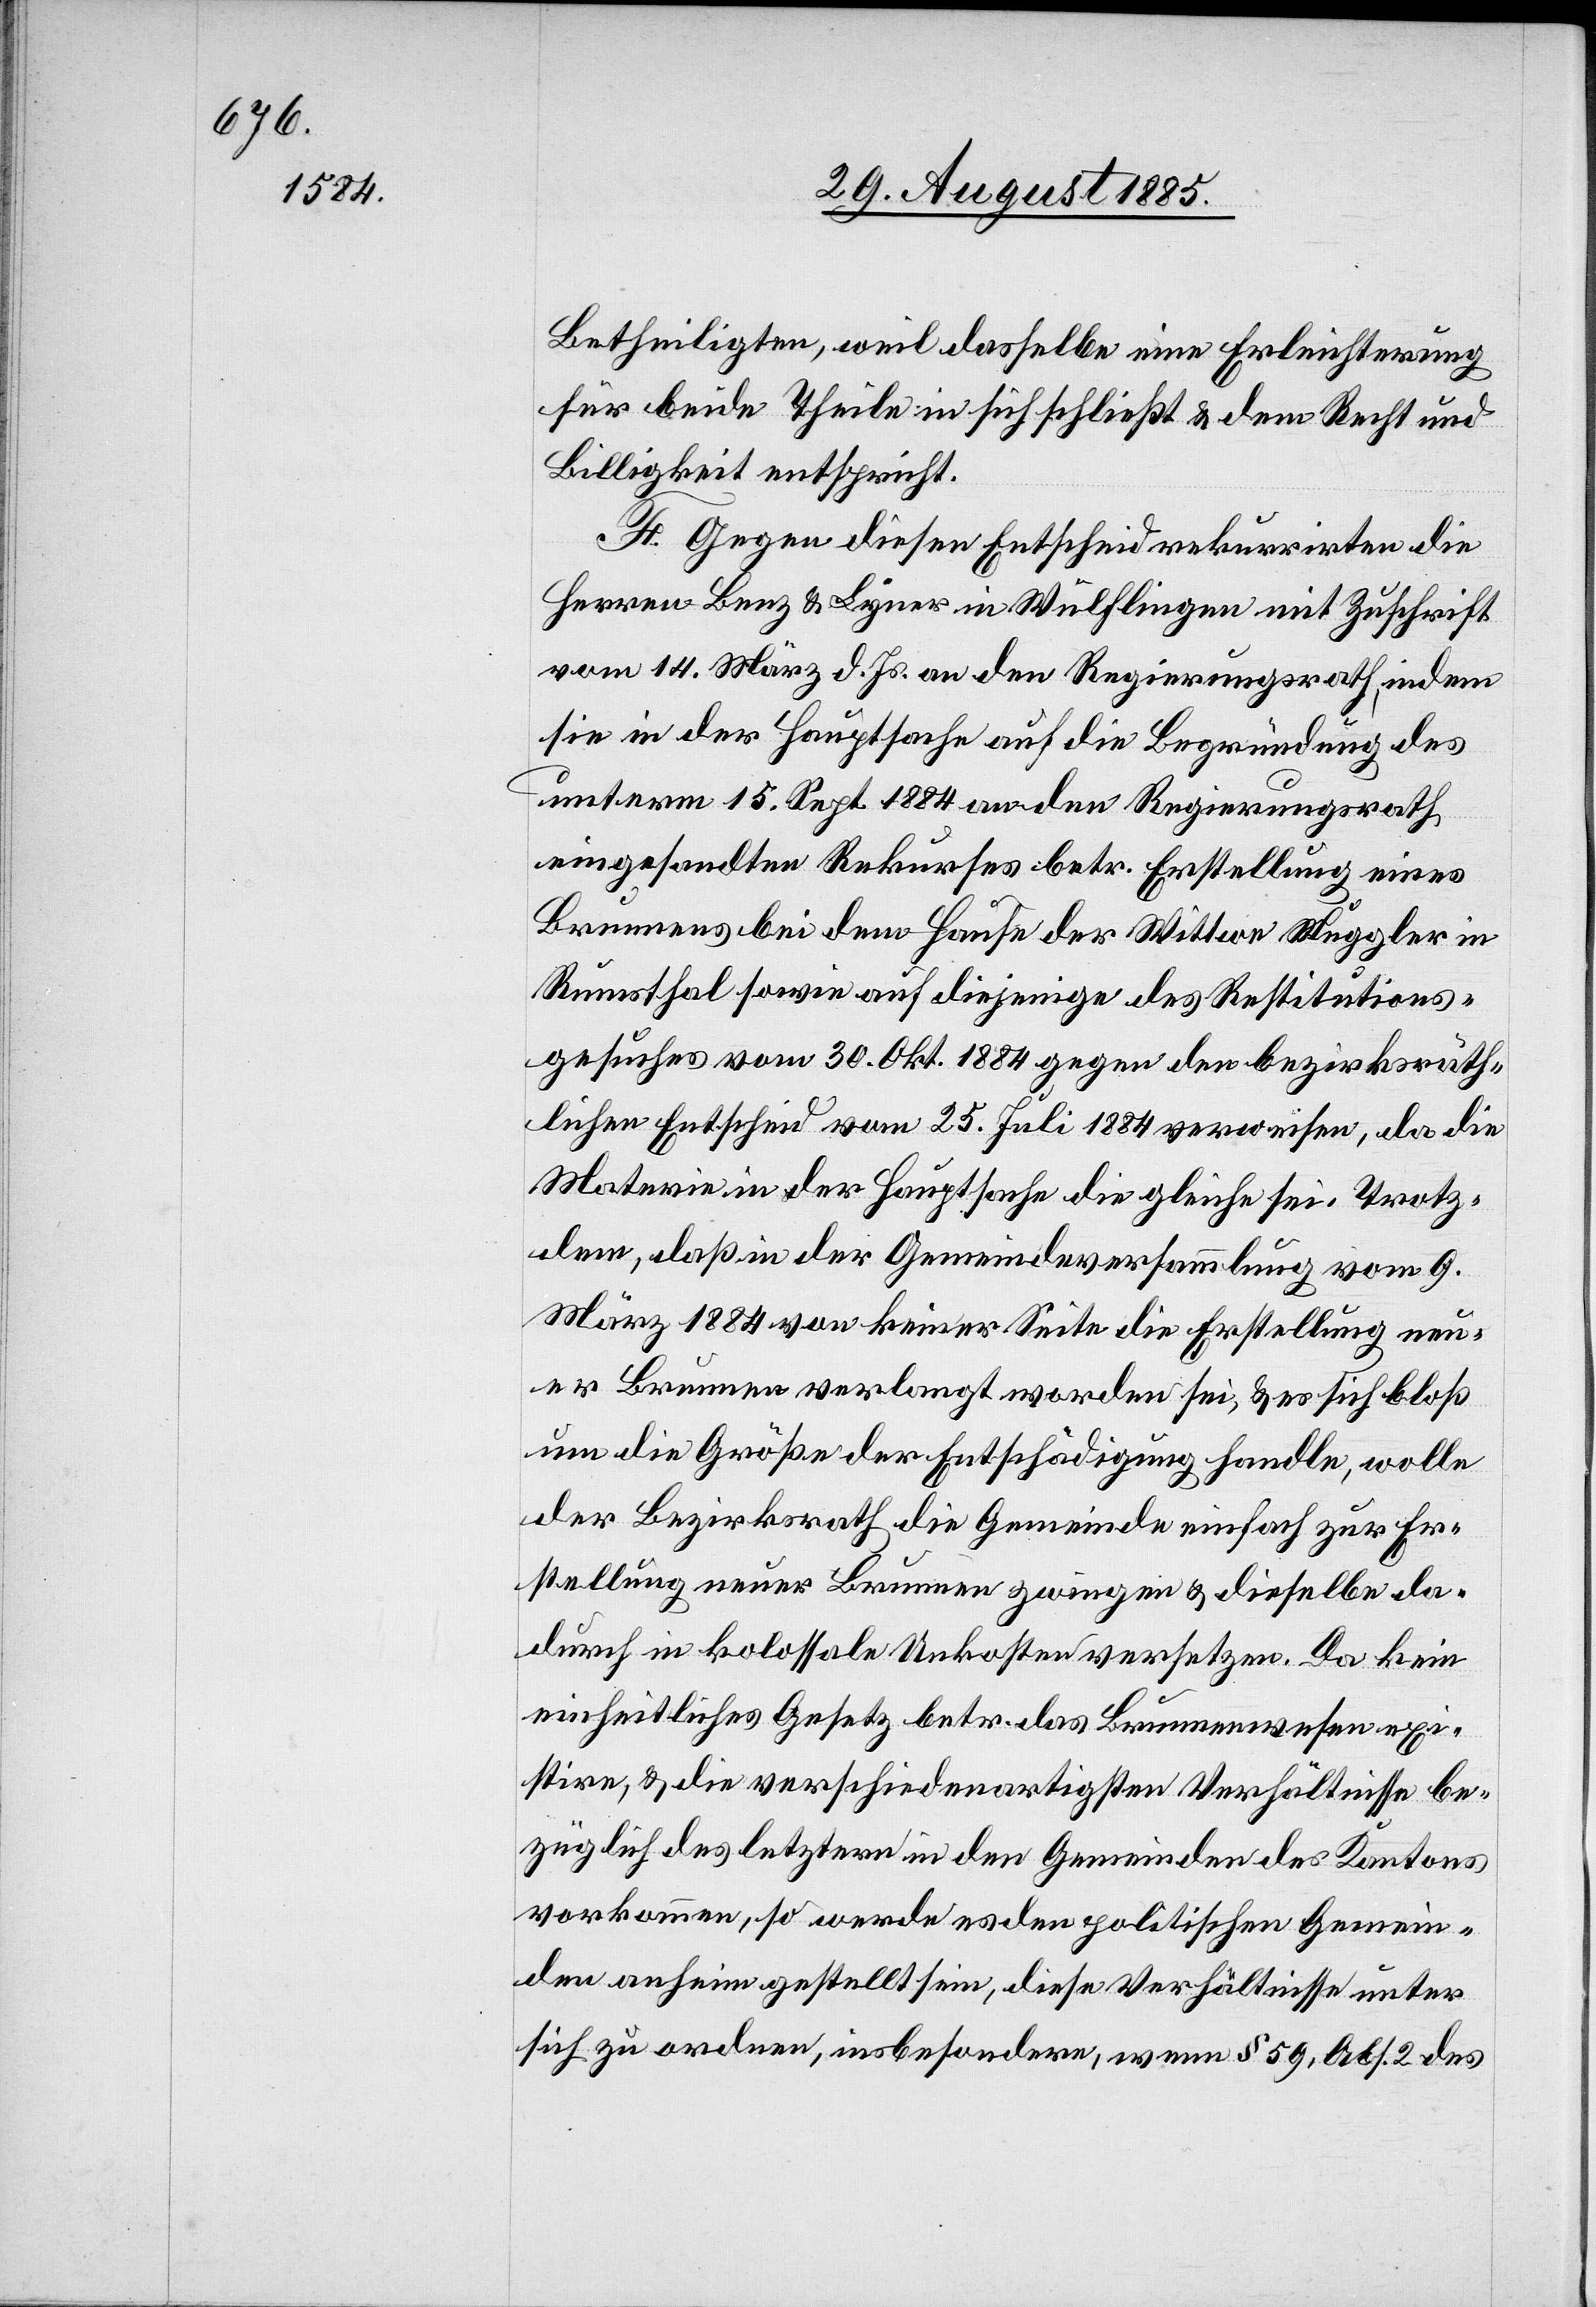
Betheiligten, weil dasselbe eine Erleichterung
für beide Theile in sich schließt & dem Recht und
Billigkeit entspricht.
F. Gegen diesen Entscheid rekurrirten die
Herren Benz & Lyner in Wülflingen mit Zuschrift
vom 14. März d. Js. an den Regierungsrath, indem
sie in der Hauptsache auf die Begründung des
unterm 15. Sept. 1884 an den Regierungsrath
eingesandten Rekurses betr. Erstellung eines
Brunnens bei dem Hause der Wittwe Muggler in
Rumsthal sowie auf diejenige des Restitutions¬
gesuches vom 30. Okt. 1884 gegen den bezirksräth¬
lichen Entscheid vom 25. Juli 1884 verweisen, da die
Materie in der Hauptsache die gleiche sei. Trotz¬
dem, daß in der Gemeindeversammlung vom 9.
März 1884 von keiner Seite die Erstellung neu¬
er Brunnen verlangt worden sei, & es sich bloß
um die Größe der Entschädigung handle, wolle
der Bezirksrath die Gemeinde einfach zur Er¬
stellung neuer Brunnen zwingen & dieselbe da¬
durch in kolossale Unkosten versetzen. Da kein
einheitliches Gesetz betr. das Brunnenwesen exi¬
stire, & die verschiedenartigsten Verhältnisse be¬
züglich des letztern in den Gemeinden des Kantons
vorkommen, so werde es den politischen Gemein¬
den anheim gestellt sein, diese Verhältnisse unter
sich zu ordnen, insbesondere, wenn § 59, Abs. 2 des